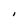
Character: 1